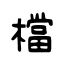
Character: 檔